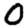
Digit: 0